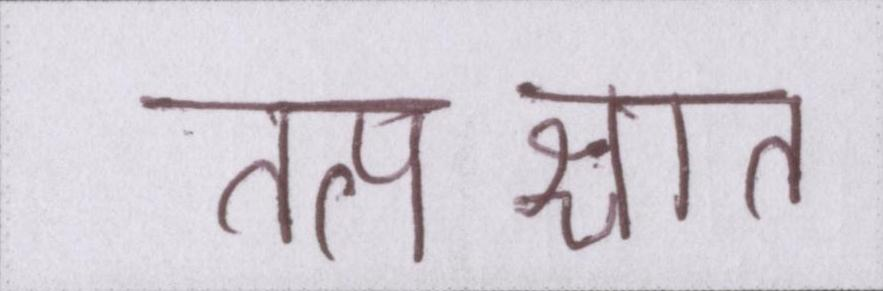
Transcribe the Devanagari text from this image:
तत्पश्चात